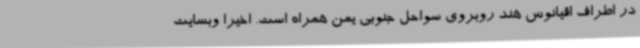
در اطراف اقیانوس هند روبروی سواحل جنوبی یمن همراه است. اخیرا وبسایت